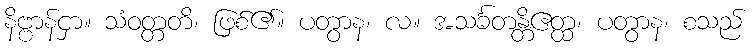
နိဗ္ဗာန်ငှာ။ သံဝတ္တတိ၊ ဖြစ်၏။ ပတွာန၊ လ။ အသင်္ခတန္တိဧတ္ထ၊ ပတွာန၊ စသည်